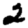
Digit: 2